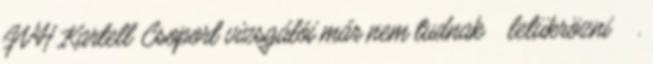
GVH Kartell Csoport vizsgálói már nem tudnak letükrözni .